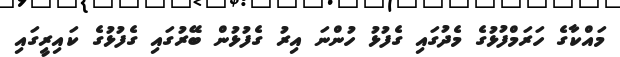
މައްކާގެ ހަރަމްފުޅުގެ މެދުގައި ގެފުޅު ހުންނަ އިރު ގެފުޅުން ބޭރުގައި ގެފުޅުގެ ކައިރީގައި